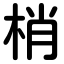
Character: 梢